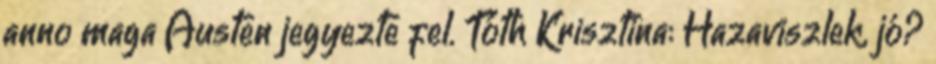
anno maga Austen jegyezte fel. Tóth Krisztina: Hazaviszlek, jó?